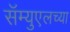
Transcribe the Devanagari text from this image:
सॅम्युएलच्या